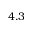
4 . 3